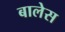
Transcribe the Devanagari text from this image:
बालेस